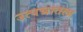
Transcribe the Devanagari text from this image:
उत्पन्नातला